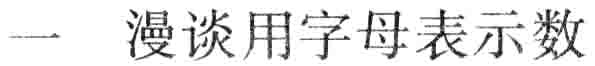
一 漫谈用字母表示数